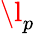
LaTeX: \l_{p}